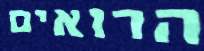
הרואים